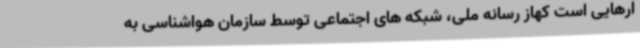
ارهایی است کهاز رسانه ملی، شبکه های اجتماعی توسط سازمان هواشناسی به